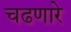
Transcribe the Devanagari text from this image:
चढणारे